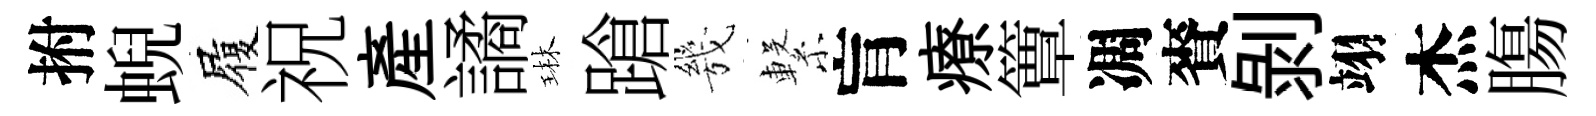
拊蜺履祝産譎琳蹌㡬繋肓療簟凋賚剝翊杰膓